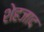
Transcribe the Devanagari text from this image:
शेहजाद